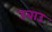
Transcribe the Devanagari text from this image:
उबाउ